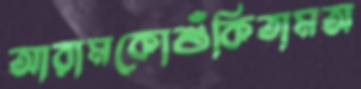
আরামকোশুঁকিতামঅ